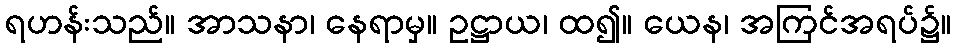
ရဟန်းသည်။ အာသနာ၊ နေရာမှ။ ဥဋ္ဌာယ၊ ထ၍။ ယေန၊ အကြင်အရပ်၌။